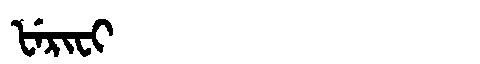
Manchu: ᡶᡝᡵᡳᠸᡳ
Romanization: FERIFI